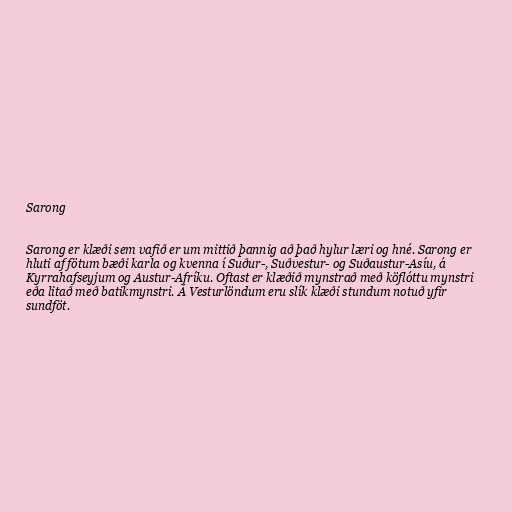
Sarong

Sarong er klæði sem vafið er um mittið þannig að það hylur læri og hné. Sarong er
hluti af fötum bæði karla og kvenna í Suður-, Suðvestur- og Suðaustur-Asíu, á
Kyrrahafseyjum og Austur-Afríku. Oftast er klæðið mynstrað með köflóttu mynstri
eða litað með batikmynstri. Á Vesturlöndum eru slík klæði stundum notuð yfir
sundföt.